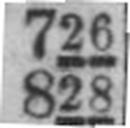
828